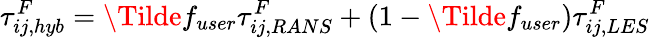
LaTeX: \tau_{ij,hyb}^{F}=\Tilde{f}_{user}\tau_{ij,RANS}^{F}+(1-\Tilde{f}_{user})\tau_{ij,LES}^{F}